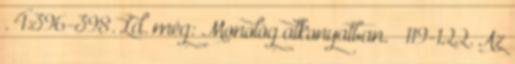
. 4:396-398. Ld. még: Monológ alkonyatban. – 119-122. Az